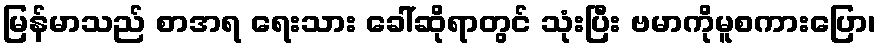
မြန်မာသည် စာအရ ရေးသား ခေါ်ဆိုရာတွင် သုံးပြီး ဗမာကိုမူစကားပြော၊